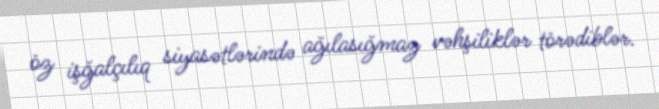
öz işğalçılıq siyasətlərində ağılasığmaz vəhşiliklər törədiblər.